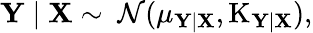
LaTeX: \mathbf{Y}\mid\mathbf{X}\sim\ {\mathcal{N}}(\mathbf{\mu_{Y|X}},\operatorname{K}_{\mathbf{Y|X}}),